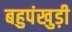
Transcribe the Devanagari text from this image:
बहुपंखुड़ी